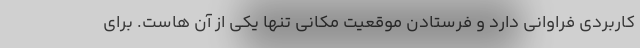
کاربردی فراوانی دارد و فرستادن موقعیت مکانی تنها یکی از آن هاست. برای